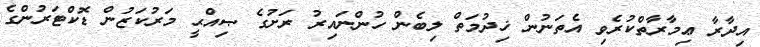
އިދާރާ ޢިމާރާތްކުރެވި އެތަނުން ޚިދުމަތް ލިބެން ހުންނައިރު ރަށުގެ ޞިއްޙީ މަރުކަޒުން ޑޮކްޓަރުންގެ